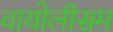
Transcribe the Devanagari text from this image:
वायोलीसम